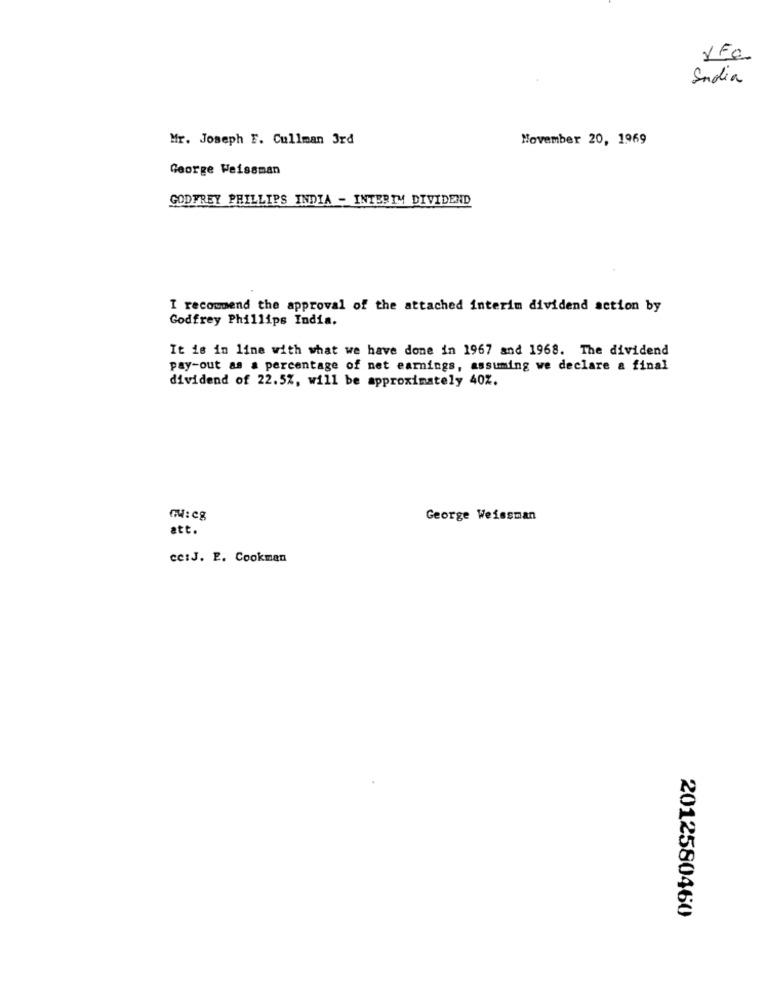
India
Mr. Joseph F. Cullman 3rd
November 20, 1969
George Weissman
GODFREY PHILLIPS INDIA - INTERIM DIVIDEND
I recommend the approval of the attached interim dividend action by
Godfrey Phillips India.
It is in line with what we have done in 1967 and 1968. The dividend
pay-out as a percentage of net earnings, assuming we declare a final
dividend of 22.5%, will be approximately 40%.
George Weissman
att.
cc:J. E. Cookman
2012580460